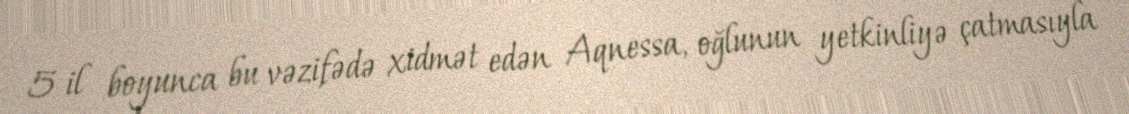
5 il boyunca bu vəzifədə xidmət edən Aqnessa, oğlunun yetkinliyə çatmasıyla